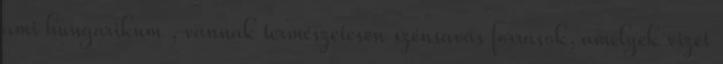
ami hungarikum , vannak természetesen szénsavas források, amelyek vizét